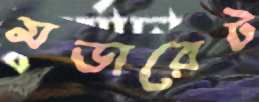
মডারেট